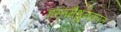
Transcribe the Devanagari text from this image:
हस्तमैथुनकरत